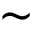
\sim